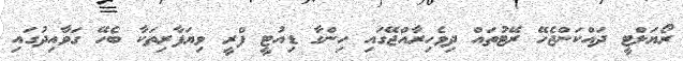
ރޯޔަލްޓީ ދައްކަންޖެހޭ ރޭޓުތައް ދިވެހިރާއްޖޭގައި ހިންގާ ޑިއުޓީ ފްރީ ވިޔަފާރިތަކާ ބެހޭ ގަވާއިދުގައި